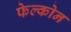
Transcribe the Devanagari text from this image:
फेल्कोन